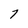
Character: 7